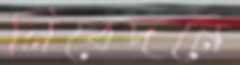
নিবেদনে